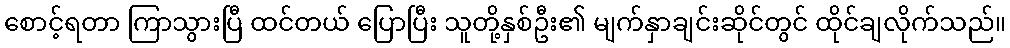
စောင့်ရတာ ကြာသွားပြီ ထင်တယ် ပြောပြီး သူတို့နှစ်ဦး၏ မျက်နှာချင်းဆိုင်တွင် ထိုင်ချလိုက်သည်။